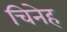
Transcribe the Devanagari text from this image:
चिनेह